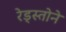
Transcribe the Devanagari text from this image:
रेड्स्तोने